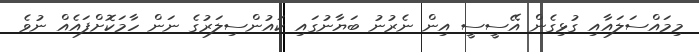
މިމައްސަލައާއި ގުޅިގެން އޭސީސީ އިން ނެރުނު ބަޔާނުގައި ކައުންސިލަރުގެ ނަން ހާމަކޮށްފައެއް ނުވެ